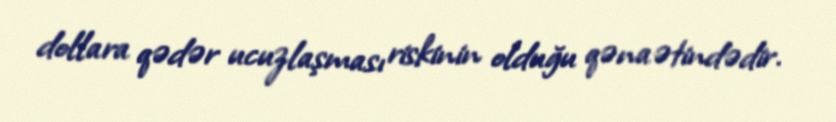
dollara qədər ucuzlaşması riskinin olduğu qənaətindədir.